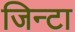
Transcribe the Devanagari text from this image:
जिन्टा